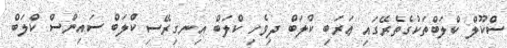
ސްކޫލް ކްލަބްތަކުގެތެރޭގައި ޢަރަބި ކްލަބް ދިވެހި ކްލަބް އިނގިރޭސި ކްލަބް ސައިންސް ކްލަބް